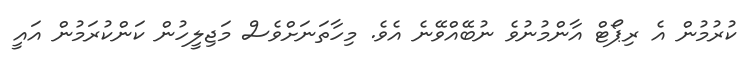
ކުރުމުން އެ ރިޕޯޓް އާންމުނުވެ ނުބޭއްވޭނެ އެވެ. މިހާތަނަށްވެސް މަޖިލީހުން ކަންކުރަމުން އައީ